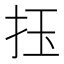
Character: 𢫛